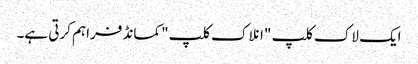
ایک لاک کلپ "انلاک کلپ" کمانڈ فراہم کرتی ہے۔